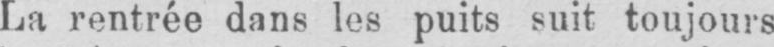
La rentrée dans les puits suit toujours